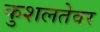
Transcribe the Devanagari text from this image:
कुशलतेवर